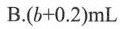
B. ( b + 0.2 ) mL